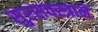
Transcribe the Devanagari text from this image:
सुरसवस्त्रानें